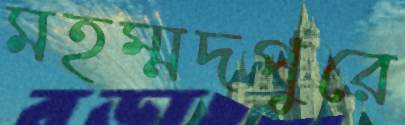
মহম্মদপুরে